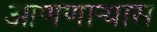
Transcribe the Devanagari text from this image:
आणणार्‍यास